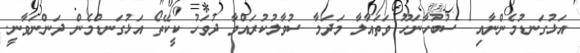
އަޅުގަނޑުމެންނާއި  ސުބުހާނަހޫ ވަތައާލާ މަދަމާ ސުވާލުކުރައްވާ ދުވަހު ކީކޭތޯ އަޅުގަނޑުމެން ދަންނަވާނީ.